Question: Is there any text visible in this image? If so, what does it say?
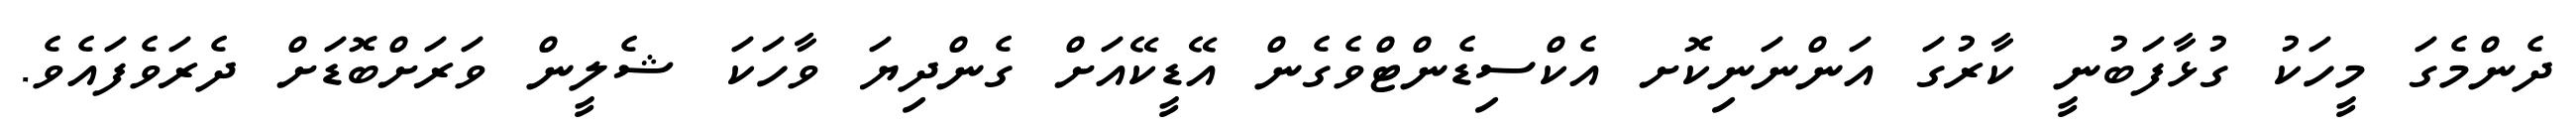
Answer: ދެންމެގަ މީހަކު ގުޅާފަބުނީ ކާރުގަ އަންނަނިކޮށ އެކްސިޑެންޓްވެގެން އޭޑީކޭއަށް ގެންދިޔަ ވާހަކަ ޝެލީން ވަރަށްބޮޑަށް ދެރަވެފައެވެ.